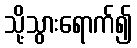
သို့သွားရောက်၍